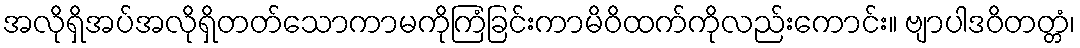
အလိုရှိအပ်အလိုရှိတတ်သောကာမကိုကြံခြင်းကာမိဝိထက်ကိုလည်းကောင်း။ ဗျာပါဒဝိတတ္တံ၊